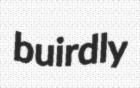
buirdly